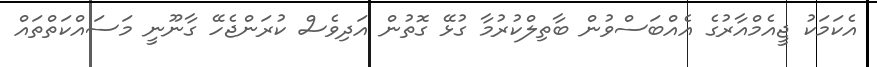
އެކަމަކު ޖީއެމްއާރުގެ އެއްބަސްވުން ބާތިލްކުރުމާ ގުޅޭ ގޮތުން އަދިވެސް ކުރަންޖެހޭ ގާނޫނީ މަސައްކަތްތައް